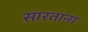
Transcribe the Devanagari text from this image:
सारताना